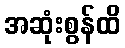
အဆုံးစွန်ထိ